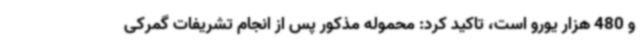
و 480 هزار یورو است، تاکید کرد: محموله مذکور پس از انجام تشریفات گمرکی